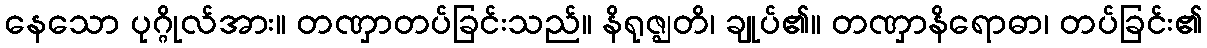
နေသော ပုဂ္ဂိုလ်အား။ တဏှာတပ်ခြင်းသည်။ နိရုဇ္ဈတိ၊ ချုပ်၏။ တဏှာနိရောဓာ၊ တပ်ခြင်း၏